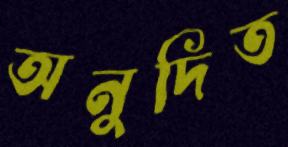
অনুদিত